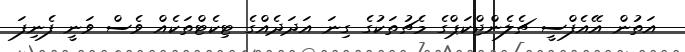
އަތުން އޭއެފްސީ ޗެލެންޖްކަޕްގެ މެޗުތަކުގެ ގިނަ އަދަދެއްގެ ޓިކެޓްތަކެއް ވެސް ވަނީ ފެނިފަ